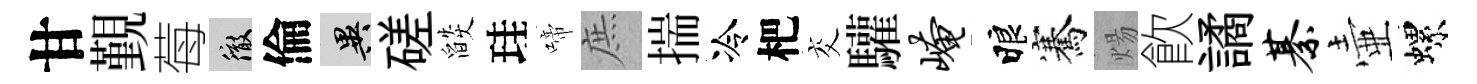
甘覲莓徹倫异磋燄珪啼庶揣冷杷交驩崦睱騫煬飮譎綦壷螺